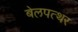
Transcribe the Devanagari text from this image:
बेलपत्थर